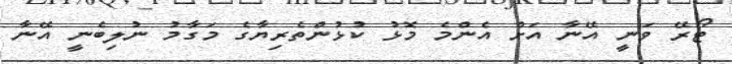
ޓޯރޭ ވަނީ އޭނާ އަށް އެންމެ މޮޅު ކުޅުންތެރިޔާގެ މަގާމު ނުލިބެނީ އޭނާ